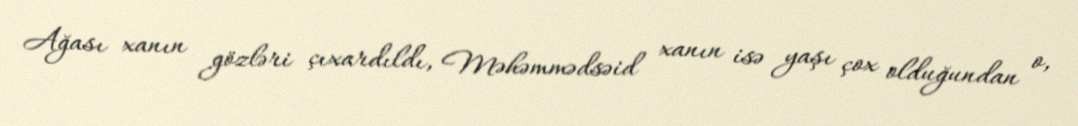
Ağası xanın gözləri çıxardıldı, Məhəmmədsəid xanın isə yaşı çox olduğundan o,